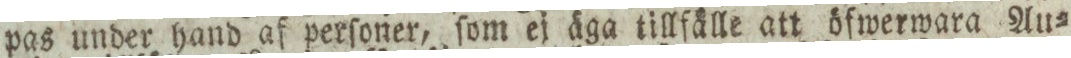
pas under hand af perſoner, ſom ej äga tillfälle att öfwerwara Au=